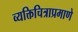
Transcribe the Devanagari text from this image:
व्यक्तिचित्राप्रमाणे